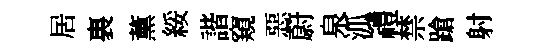
居裏薰綏諧窺惡蔚泉泒禮禁蹌射